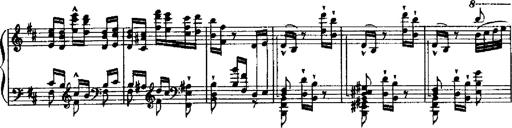
Title: RÃ©miniscences de Robert le diable
Composer: Franz Liszt